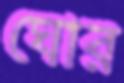
ঘোর